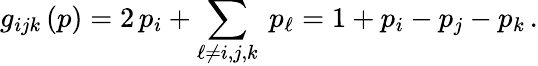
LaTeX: g_{ijk}\, (p)=2\, p_{i}+\sum_{\ell\ne i,j,k}\ p_{\ell}=1+p_{i}-p_{j}-p_{k}\, .